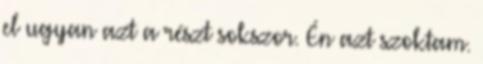
el ugyan azt a részt sokszor. Én azt szoktam.